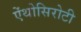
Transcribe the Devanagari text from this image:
ऐंथोसिरोटी